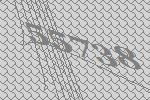
55738